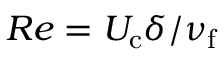
R e = U _ { \mathrm { c } } \delta / \nu _ { \mathrm { f } }